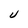
Character: u